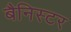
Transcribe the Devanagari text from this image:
बैनिस्टर